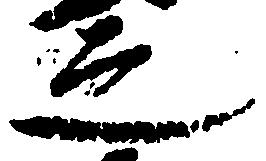
之